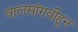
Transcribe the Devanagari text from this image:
वालसांगवीहून